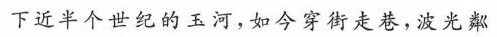
下近半个世纪的玉河，如今穿街走巷，波光粼